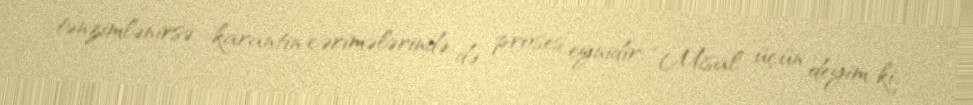
tənzimlənirsə, karantin cərimələrində də proses eynidir: “Misal üçün deyim ki,